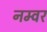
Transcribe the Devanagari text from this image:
नम्वर